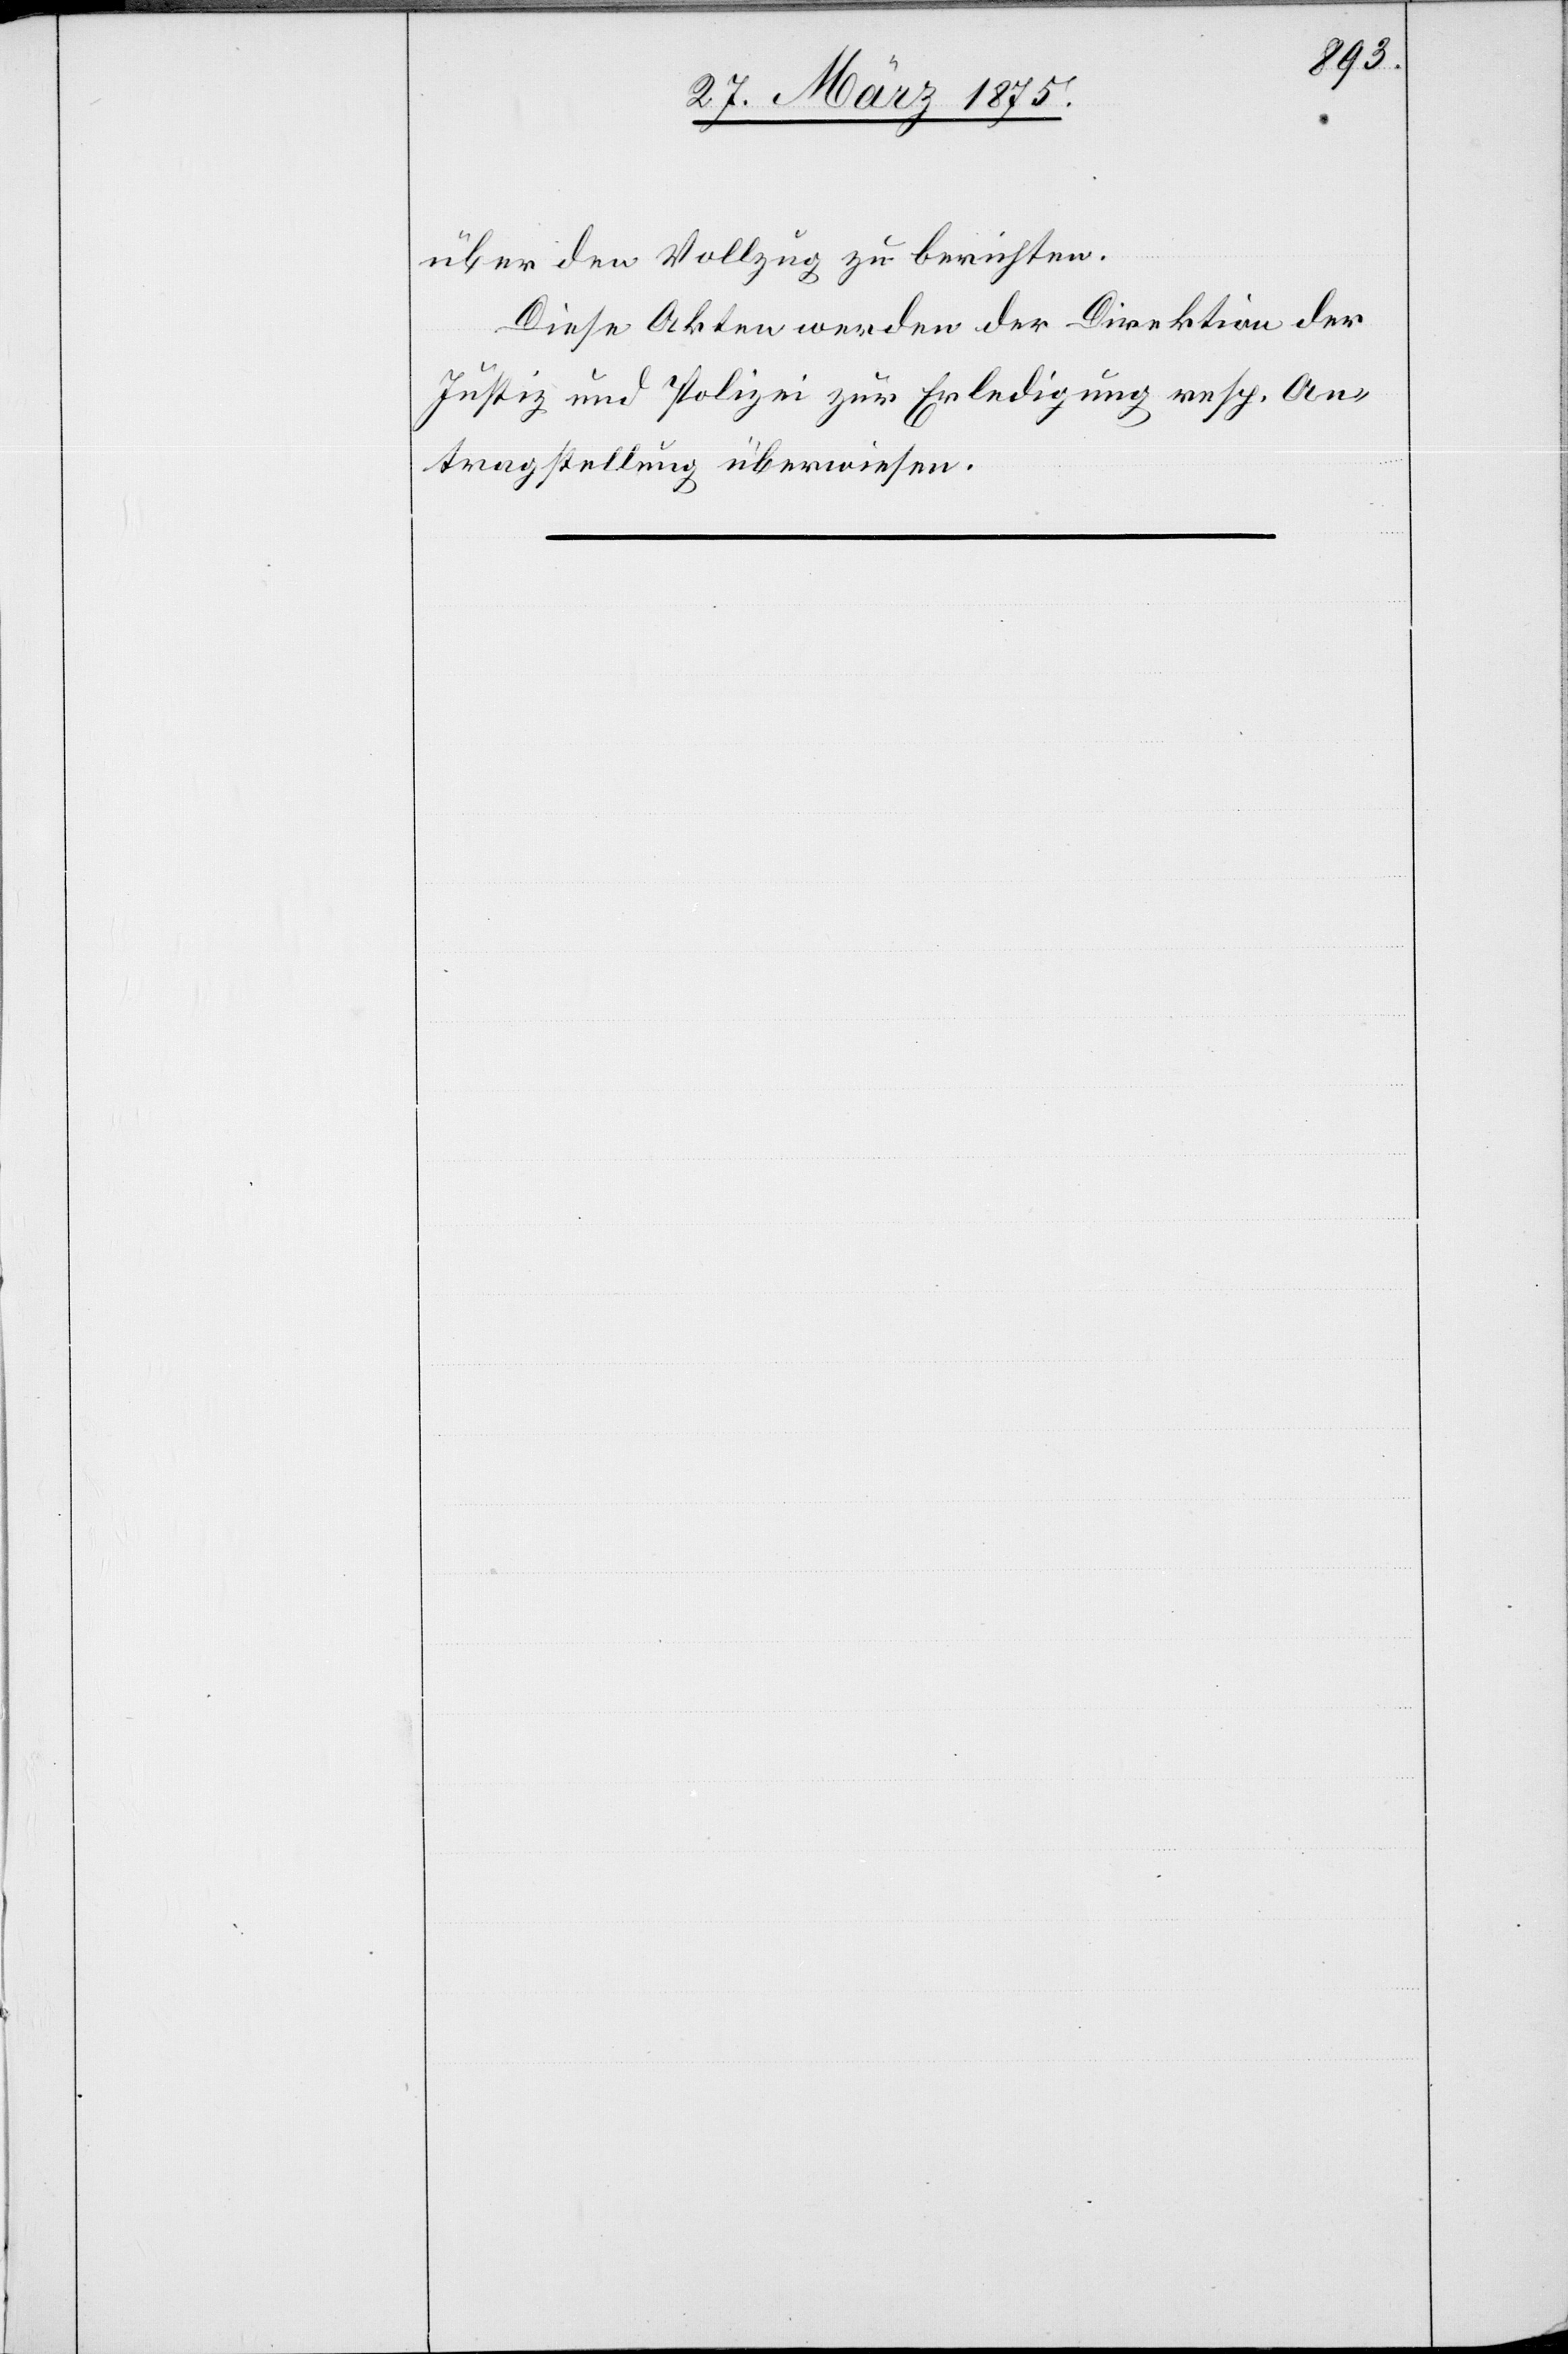
über den Vollzug zu berichten.
Diese Akten werden der Direktion der
Justiz und Polizei zur Erledigung resp. An¬
tragstellung überwiesen.